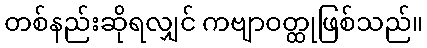
တစ်နည်းဆိုရလျှင် ကဗျာဝတ္ထုဖြစ်သည်။